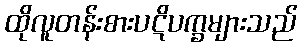
ထိုလူတန်းစားပဋိပက္ခများသည်